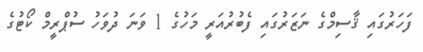
ފަހަރުގައި ޤާސިމްގެ ނަޒަރުގައި ފެބުރުއަރީ މަހުގެ 1 ވަނަ ދުވަހު ސުޕްރީމް ކޯޓުގެ